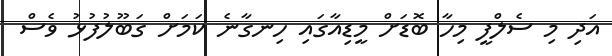
އަދި މި ސެލްފީ މިހާ ބޮޑަށް މީޑިއާގައި ހިނގާނެ ކަމަށް ގަބޫލުފުޅު ވެސް